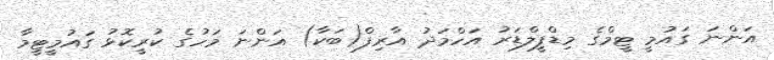
އަންނަ ގައުމީ ޓީމްގެ މިޑްފީލްޑަރު އަހްމަދު އާރިފް(ބަކާ) އަންނަ މަހުގެ ކުރީކޮޅު ގައުމީޓީމާ